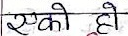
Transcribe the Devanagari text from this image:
एको हो